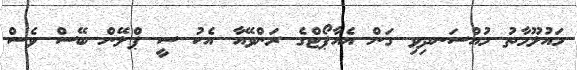
މައުލޫމާތު މުއްސަނދިވި ގަން އެއާޕޯޓްގެ ރަންވޭއާ އެކު ސީ ޕްލޭން ބޭސް ވެސް